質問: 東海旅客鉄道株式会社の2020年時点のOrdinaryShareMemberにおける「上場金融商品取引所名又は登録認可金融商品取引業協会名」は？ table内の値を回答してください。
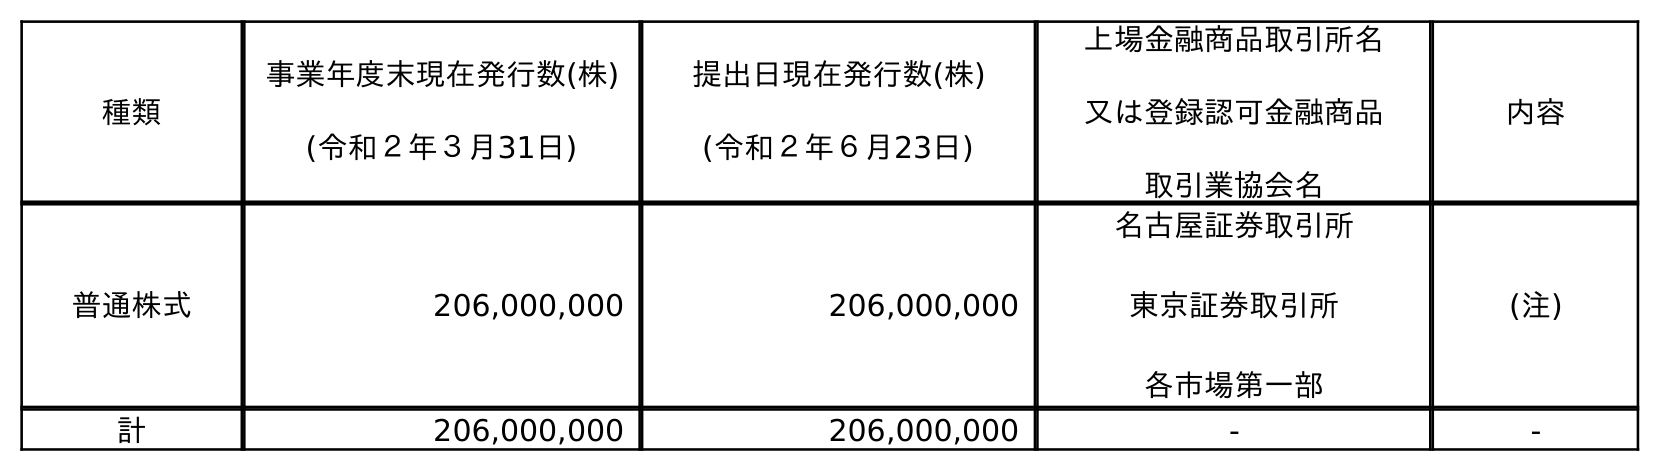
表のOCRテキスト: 種類 事業年度末現在発行数(株) (令和２年３月31日) 提出日現在発行数(株) (令和２年６月23日) 上場金融商品取引所名 又は登録認可金融商品 取引業協会名 内容 普通株式 206,000,000 206,000,000 名古屋証券取引所 東京証券取引所 各市場第一部 (注) 計 206,000,000 206,000,000 - -
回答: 名古屋証券取引所東京証券取引所各市場第一部